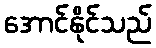
အောင်နိုင်သည်